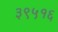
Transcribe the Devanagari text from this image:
३९५१६